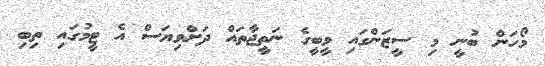
މޯހަން ބުނީ މި ސީޒަންގައި ވީބީގެ ނަތީޖާތައް ދަށްވިޔަސް އެ ޓީމުގައި ތިބި